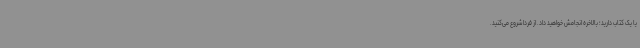
یا یک کتاب دارید؛ بالاخره انجامش خواهید داد. از فردا شروع می‌کنید.